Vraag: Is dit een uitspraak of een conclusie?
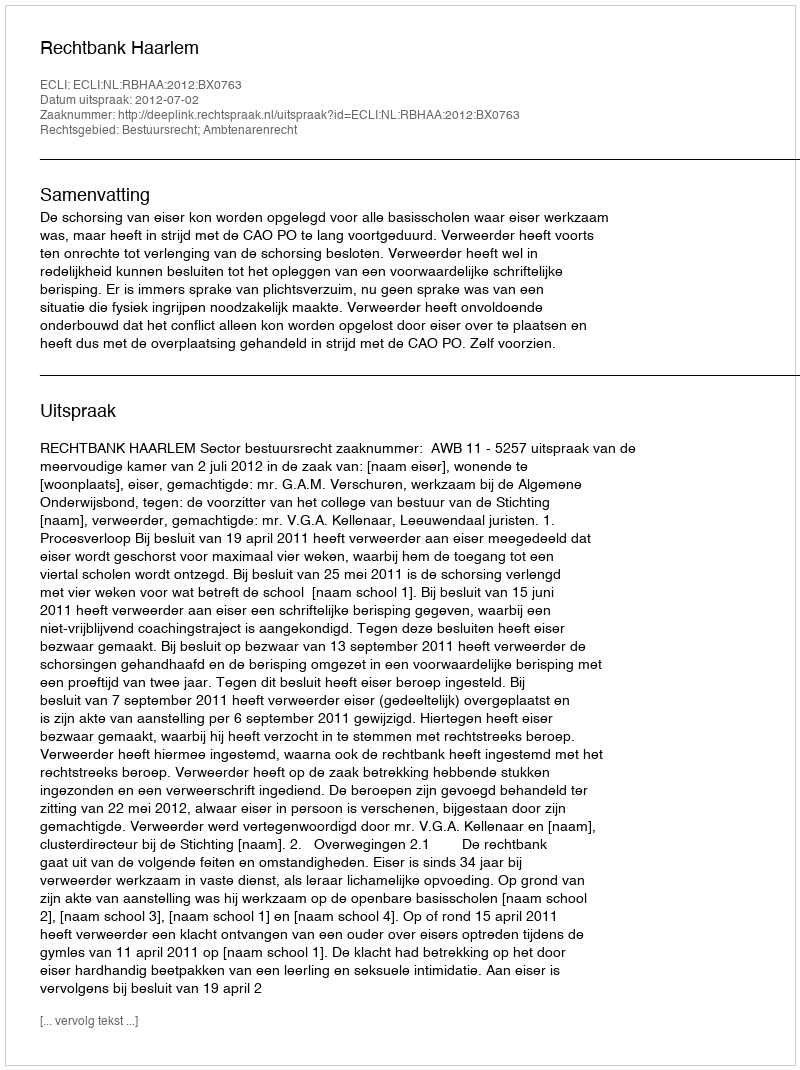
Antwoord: Uitspraak